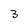
Character: 3